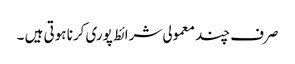
صرف چند معمولی شرائط پوری کرنا ہوتی ہیں ۔